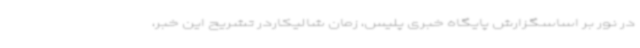
در نور بر اساسگزارش پایگاه خبری پلیس، زمان شالیکاردر تشریح این خبر،